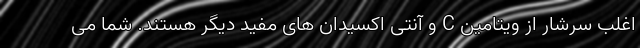
اغلب سرشار از ویتامین C و آنتی اکسیدان های مفید دیگر هستند. شما می